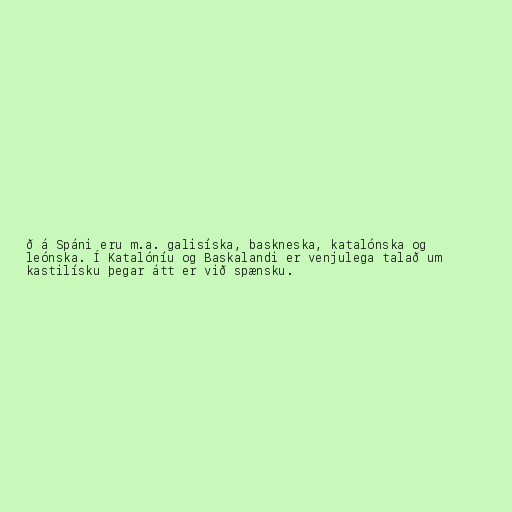
ð á Spáni eru m.a. galisíska, baskneska, katalónska og
leónska. Í Katalóníu og Baskalandi er venjulega talað um
kastilísku þegar átt er við spænsku.